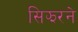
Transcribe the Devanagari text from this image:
सिझरने